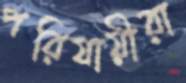
পরিযায়ীরা